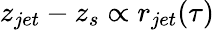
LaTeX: z_{jet}-z_{s}\propto r_{jet}(\tau)